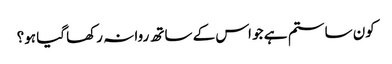
کون سا ستم ہے جو اس کے ساتھ روا نہ رکھا گیا ہو؟